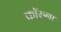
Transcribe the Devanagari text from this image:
कॉरुना